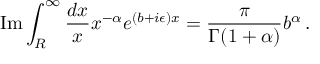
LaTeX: \mathrm { I m } \int _ { R } ^ { \infty } \frac { d x } { x } x ^ { - \alpha } e ^ { ( b + i \epsilon ) x } = \frac { \pi } { \Gamma ( 1 + \alpha ) } b ^ { \alpha } \, .